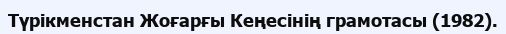
Түрікменстан Жоғарғы Кеңесінің грамотасы (1982).